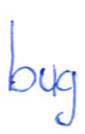
Text: bug
Cross-out: clean
Writing tool: ballpoint